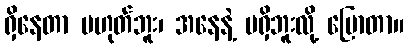
ရှိနေတာ မဟုတ်ဘူး၊ အနေနဲ့ မရှိဘူးလို့ ပြောတာ။